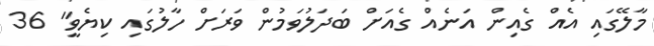
މާލޭގައި އެއް ގެއިން އަނެއް ގެއަށް ބަދަލުވަމުން ވަރަށް ހާލުގައި ކިޔެވީ" 36